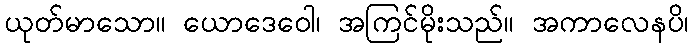
ယုတ်မာသော။ ယောဒေဝေါ၊ အကြင်မိုးသည်။ အကာလေနပိ၊